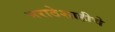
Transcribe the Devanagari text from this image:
मराठेशाहीचे